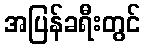
အပြန်ခရီးတွင်